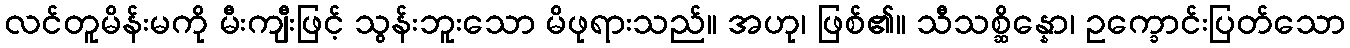
လင်တူမိန်းမကို မီးကျီးဖြင့် သွန်းဘူးသော မိဖုရားသည်။ အဟု၊ ဖြစ်၏။ သီသစ္ဆိန္နော၊ ဥက္ခောင်းပြတ်သော